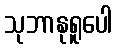
သုဘာနုရူပေါ